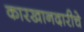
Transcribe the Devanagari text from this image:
कारखानदारीचे